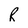
Character: R